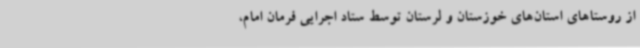
از روستاهای استان‌های خوزستان و لرستان توسط ستاد اجرایی فرمان امام،